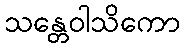
သန္တေဝါသိကော